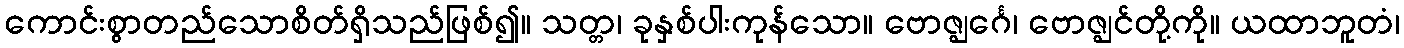
ကောင်းစွာတည်သောစိတ်ရှိသည်ဖြစ်၍။ သတ္တ၊ ခုနှစ်ပါးကုန်သော။ ဗောဇ္ဈင်္ဂေ၊ ဗောဇ္ဈင်တို့ကို။ ယထာဘူတံ၊